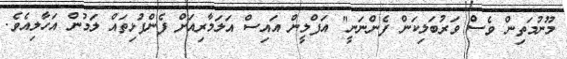
މޫނުމަތިން ވެސް ވަރުބަލިކަން ފެންނަނީ" އަފްލީން އައިސް އަލަމާރިއަށް ފެންފުޅިތައް ލަމުން އަހާލިއެވެ.